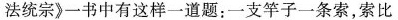
法统宗》一书中有这样一道题：一支竿子一条索，索比